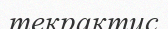
текрактис